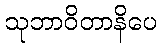
သုဘာဝိတာနိပေ